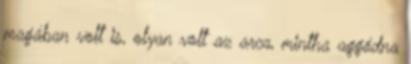
magában volt is, olyan volt az arca, mintha aggódna